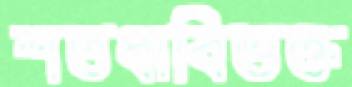
শতধাবিভক্ত